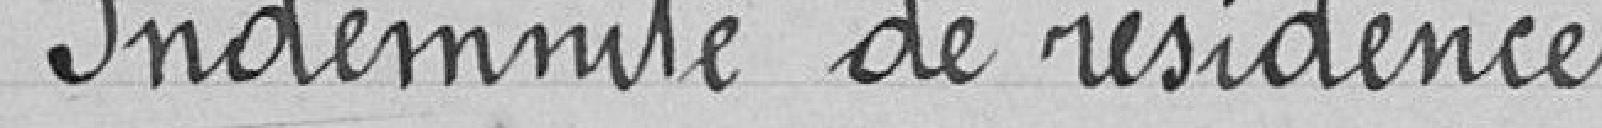
Indemnité de résidence